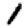
Digit: 1